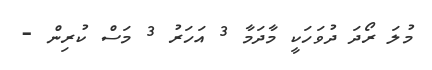
މުލަ ރޯދަ ދުވަހަކީ މާދަމާ 3 އަހަރު 3 މަސް ކުރިން -